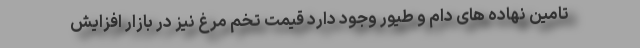
تامین نهاده های دام و طیور وجود دارد قیمت تخم مرغ نیز در بازار افزایش